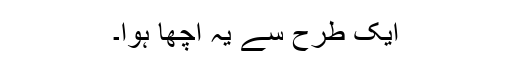
ایک طرح سے یہ اچھا ہوا۔